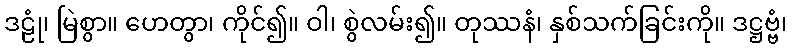
ဒဠုံ၊ မြဲစွာ။ ဟေတွာ၊ ကိုင်၍။ ဝါ၊ စွဲလမ်း၍။ တုဿနံ၊ နှစ်သက်ခြင်းကို။ ဒဋ္ဌဗ္ဗံ၊